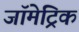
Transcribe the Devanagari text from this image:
जॉमेट्रिक